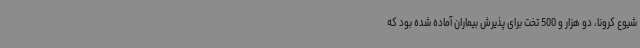
شیوع کرونا، دو هزار و 500 تخت برای پذیرش بیماران آماده شده بود که